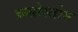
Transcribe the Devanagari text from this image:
च्र्य्सोस्तोम